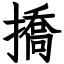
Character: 撟